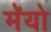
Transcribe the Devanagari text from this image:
मॅयो